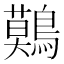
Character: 𪅐